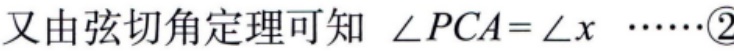
又由弦切角定理可知 \(\angle PCA = \angle x\) \(\cdots\cdots\)\textcircled{2}